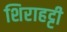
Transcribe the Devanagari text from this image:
शिराहट्टी